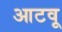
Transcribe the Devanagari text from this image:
आटवू